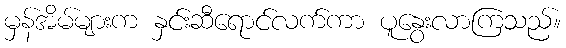
မှန်အိမ်များက နှင်းဆီရောင်လက်ကာ ပူနွေးလာကြသည်။